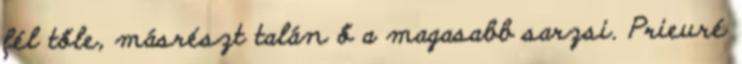
fél tőle, más­részt talán ő a magasabb sarzsi. Prieuré